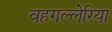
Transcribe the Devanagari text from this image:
वहगल्लेरिया